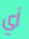
أي